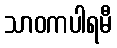
သာဝကပါရမီ